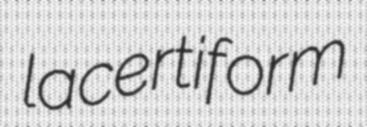
lacertiform